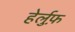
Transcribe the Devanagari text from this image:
हेर्लुफ़